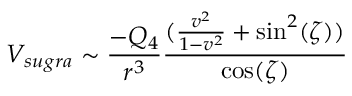
V _ { s u g r a } \sim \frac { - Q _ { 4 } } { r ^ { 3 } } \frac { ( \frac { v ^ { 2 } } { 1 - v ^ { 2 } } + \sin ^ { 2 } ( \zeta ) ) } { \cos ( \zeta ) }